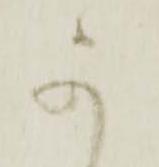
可